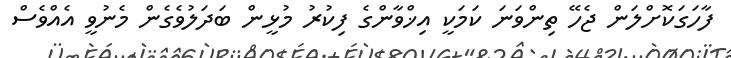
ފާހަގަކޮށްލަން ޖެހޭ ތިންވަނަ ކަމަކީ އިޚްވާންގެ ފިކުރު މުޅީން ބަދަލުވެގެން މެނުވީ އެއްވެސް